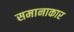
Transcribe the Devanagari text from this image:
समानाकार